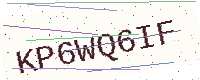
Text: KP6WQ6IF